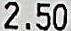
2.50